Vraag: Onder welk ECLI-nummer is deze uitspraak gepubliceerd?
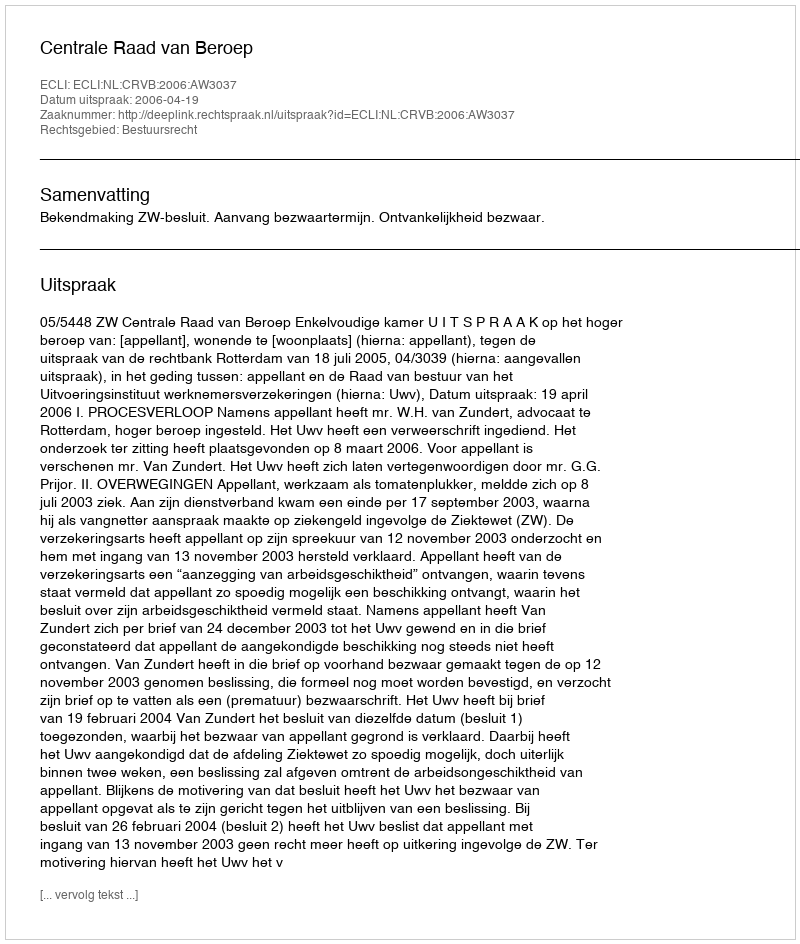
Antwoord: ECLI:NL:CRVB:2006:AW3037